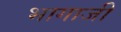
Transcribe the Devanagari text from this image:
भागाजी